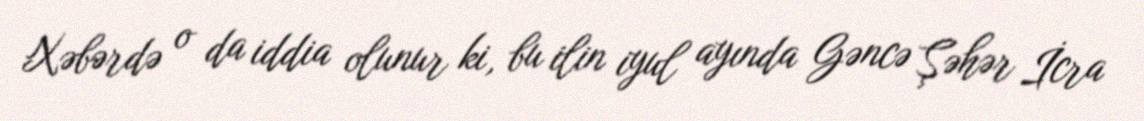
Xəbərdə o da iddia olunur ki, bu ilin iyul ayında Gəncə Şəhər İcra